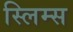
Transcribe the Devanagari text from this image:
स्लिम्स